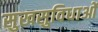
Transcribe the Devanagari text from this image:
सुखसुविधाओं